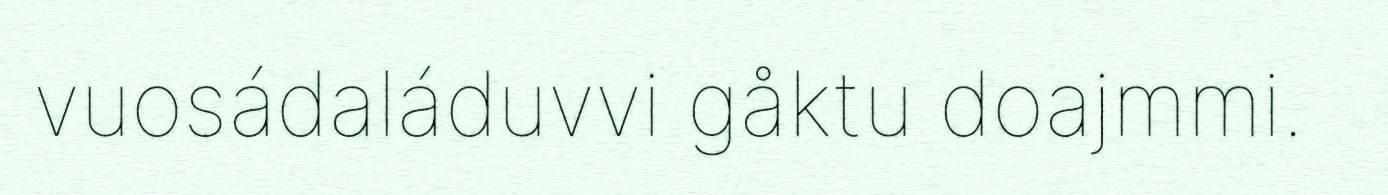
vuosádaláduvvi gåktu doajmmi.